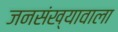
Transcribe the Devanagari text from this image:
जनसंख्यावाला